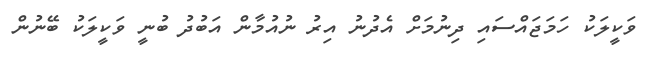
ވަކީލަކު ހަމަޖައްސައި ދިނުމަށް އެދުނު އިރު ނުއުމާން އަބުދު ބުނީ ވަކީލަކު ބޭނުން